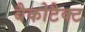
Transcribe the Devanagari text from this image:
बैकोटैक्ट